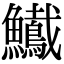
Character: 𩽠